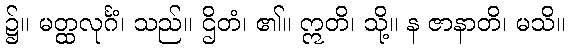
၌။ မတ္ထလုင်္ဂံ၊ သည်။ ဌိတံ၊ ၏။ ဣတိ၊ သို့။ န ဇာနာတိ၊ မသိ။